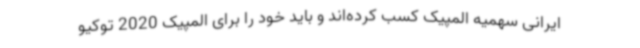
ایرانی سهمیه المپیک کسب کرده‌اند و باید خود را برای المپیک 2020 توکیو